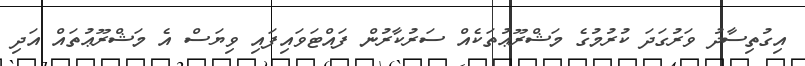
އިގުތިސާދު ވަރުގަދަ ކުރުމުގެ މަޝްރޫޢުތަކެއް ސަރުކާރުން ފައްޓަވައިފައި ވިޔަސް އެ މަޝްރޫޢުތައް އަދި